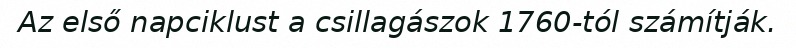
Az első napciklust a csillagászok 1760-tól számítják.